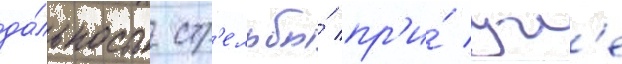
да́льность стр'ельбы́ пр'и́ угл'е